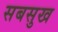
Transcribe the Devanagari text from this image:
सबसुख